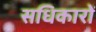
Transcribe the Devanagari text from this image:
सधिकारों